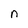
Character: n